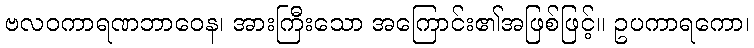
ဗလဝကာရဏဘာဝေန၊ အားကြီးသော အကြောင်း၏အဖြစ်ဖြင့်။ ဥပကာရကော၊